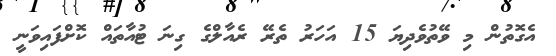
އެގޮތުން މި ވޭތުވެދިޔަ 15 އަހަރު ތެރޭ ރެއާލްގެ ގިނަ ޓުއާތައް ކޮށްފައިވަނީ